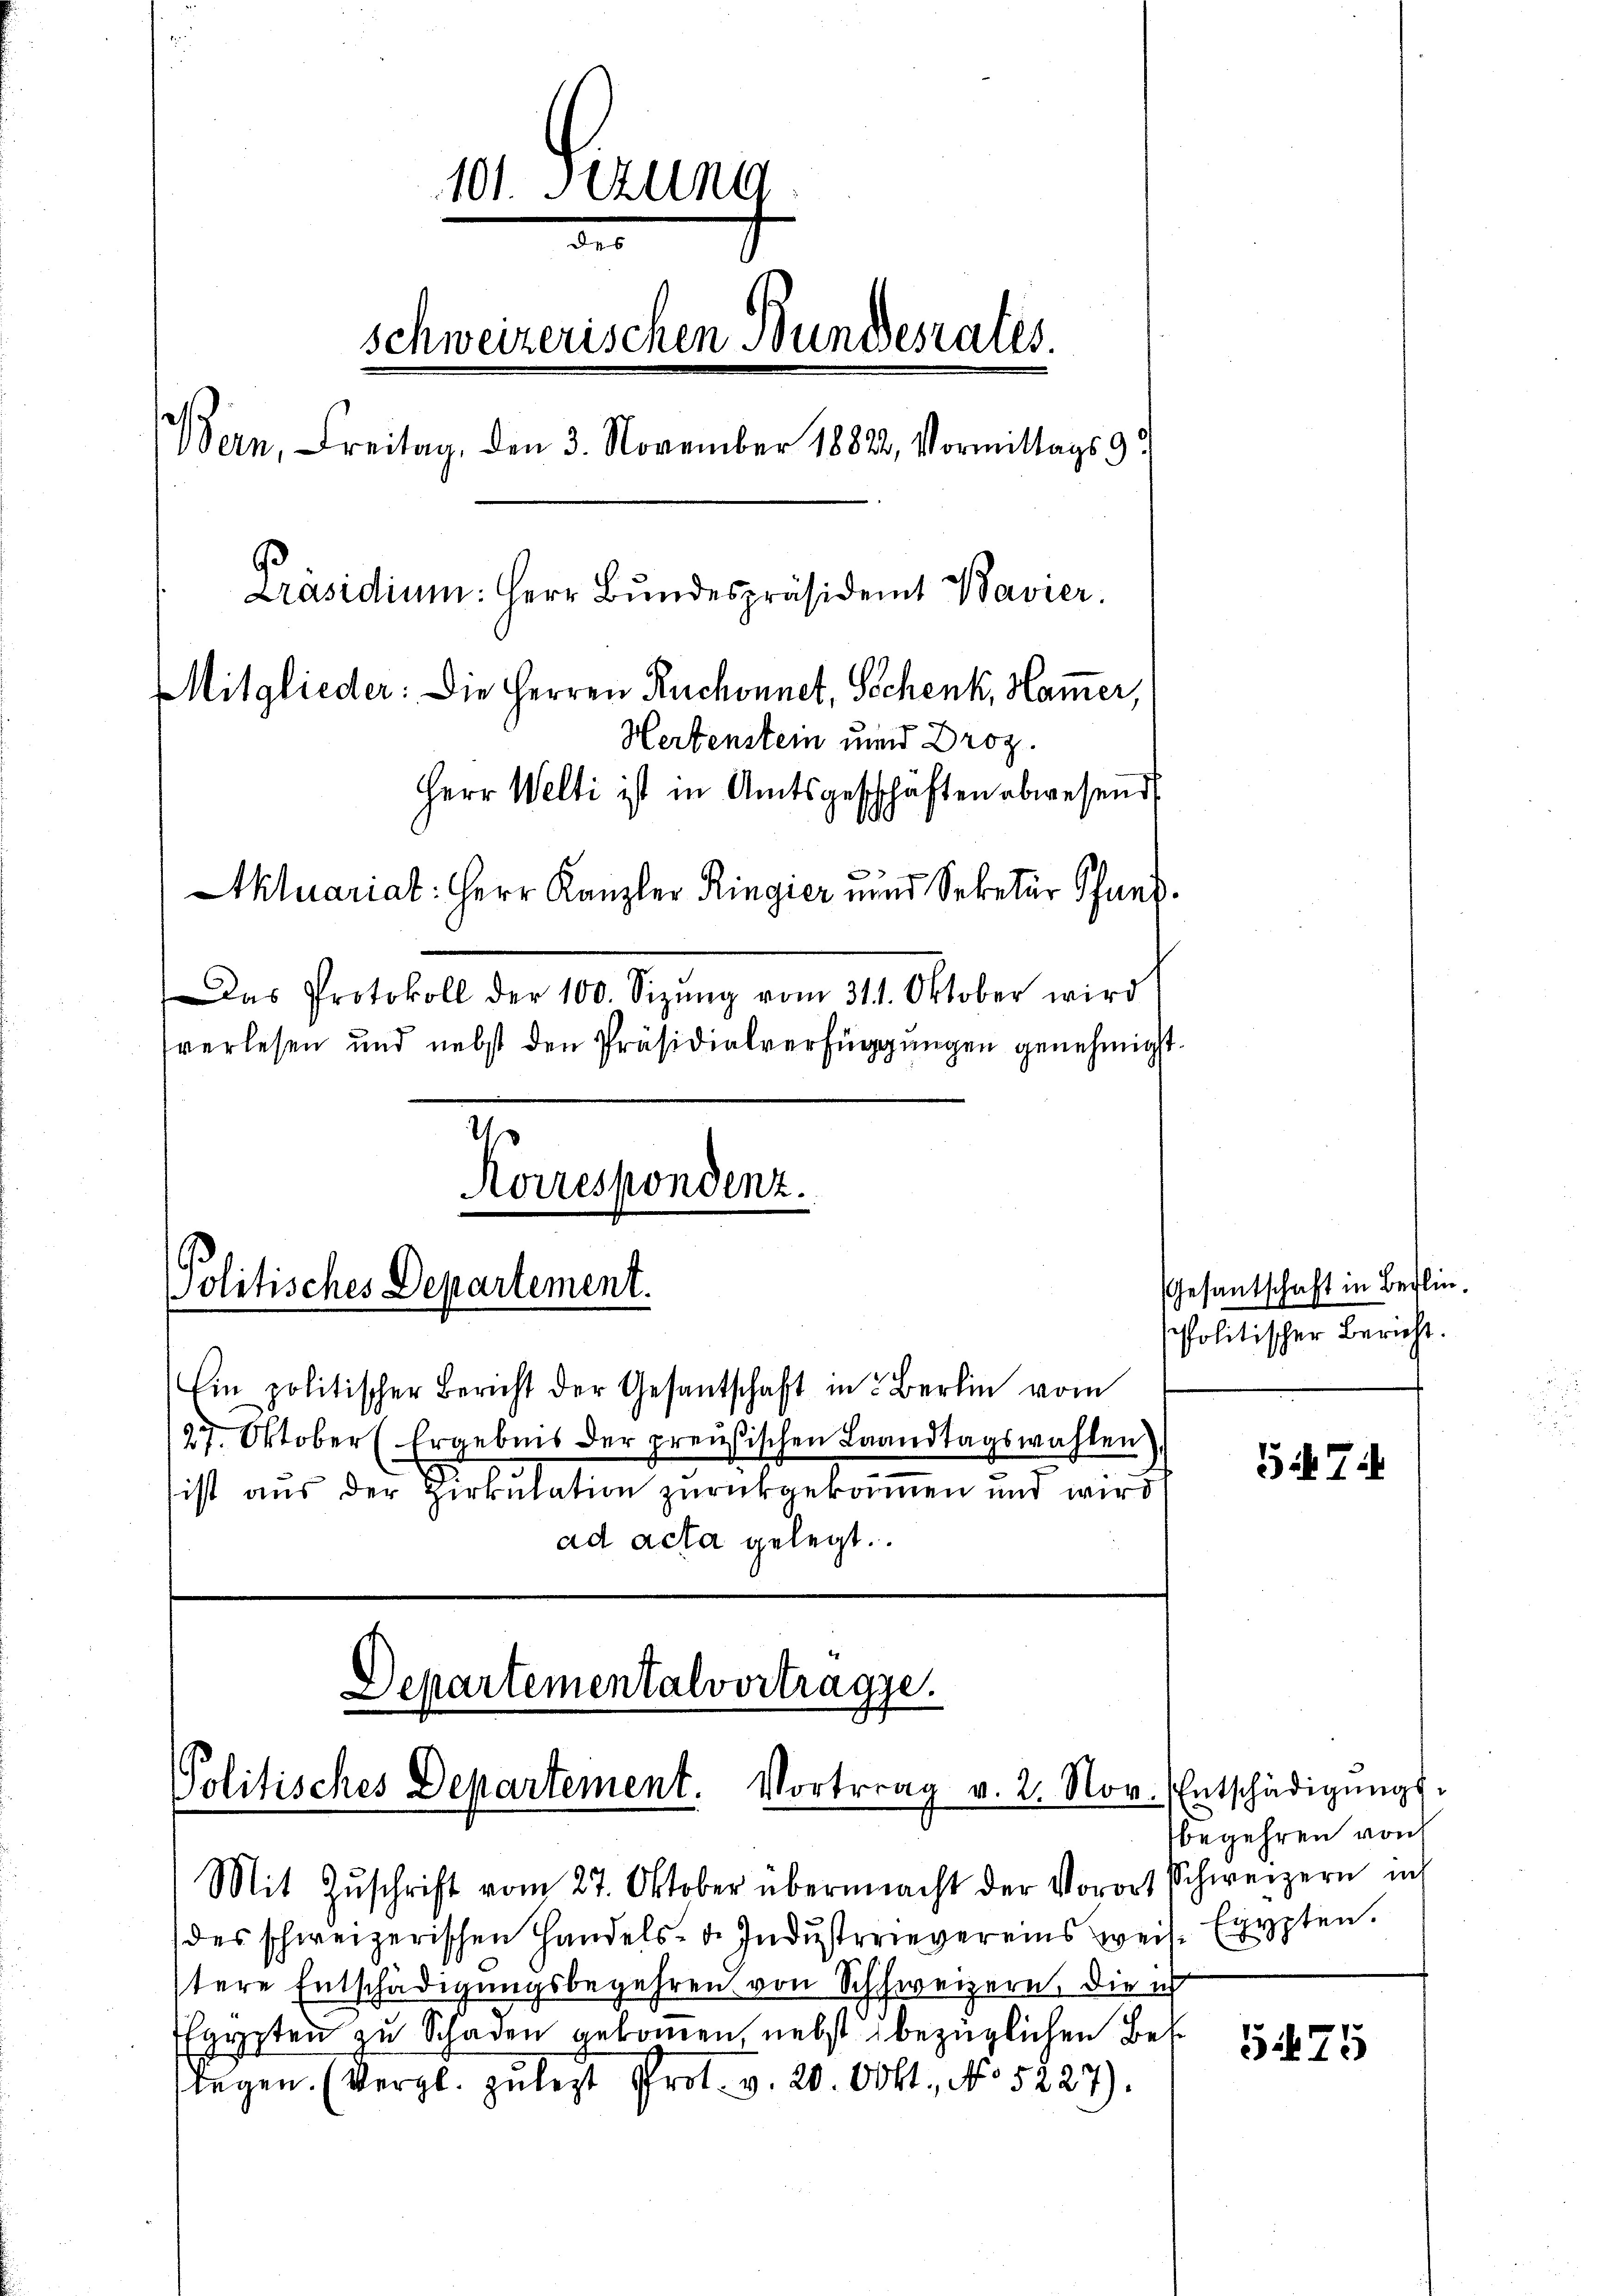
101. Setzung
des
schweizerischen Bundesrates.
Bern, Freitag, den 3. November 1882, Vormittags 9
Präsidium: Herr Bundespräsident Bavier.
Mitglieder: Die Herren Ruchonnet, Schenk, Ham̅er,
Hertenstein und Droz.
Herr Welti ist in Amtsgeschäften abwesend
Aktuariat: Herr Kanzler Ringier und Sekretär Schans.
Das Protokoll der 100. Sepung vom 31. Oktober wird
verlesen und nebst den Präsidialverfügungen genehmigt.
Korrespondenz.
Politisches Departement.
Ein politischer Bericht der Gesantschaft in Berlin vom

27. Oktober Ergebnis der preußischen Landtagswahlen
sist aus der Zirkulation zurückgekommen und wird
ad acta gelegt.

Departementalvortrage.
Politisches Departement. Vortrag v. 2. Nov.

Mit Zŭschrift vom 27. Oktober übermacht der Vorort schweizern in
des schweizerischen Handels- d. Indŭsterievereins weil Egypten.
stere Entschädigungsbegehren von Schweizern, die ich
gypten zu Schaden gekommen, nebst bezüglichen Beslegen. (Vergl. zulezt Prot. v. 20. Okt. No 5227).

Gesantschaft in Berlin
Politischer Bericht.

57

Entschädigŭngs-
begehren von

575